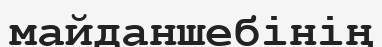
майданшебінің